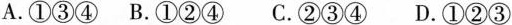
A.①③④ B.①②④ C.②③④ D.①②③